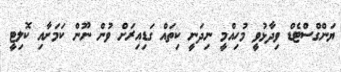
ޔަންގްސްޓެޑް ވިދާޅުވީ މުހިއްމީ ނިދަނީ ކިތައް ގަޑިއިރަށް ވުން ނޫން ކަމަށާއި ކޮލިޓީ